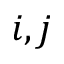
i , j